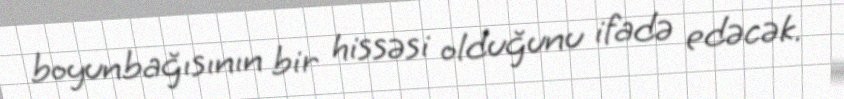
boyunbağısının bir hissəsi olduğunu ifadə edəcək.